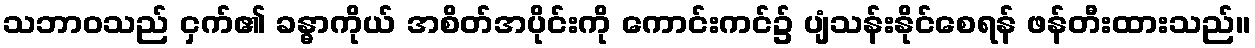
သဘာဝသည် ငှက်၏ ခန္ဓာကိုယ် အစိတ်အပိုင်းကို ကောင်းကင်၌ ပျံသန်းနိုင်စေရန် ဖန်တီးထားသည်။